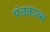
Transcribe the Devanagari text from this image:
पंचकाव्य